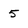
Character: 5